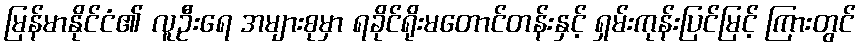
မြန်မာနိုင်ငံ၏ လူဦးရေ အများစုမှာ ရခိုင်ရိုးမတောင်တန်းနှင့် ရှမ်းကုန်းပြင်မြင့် ကြားတွင်